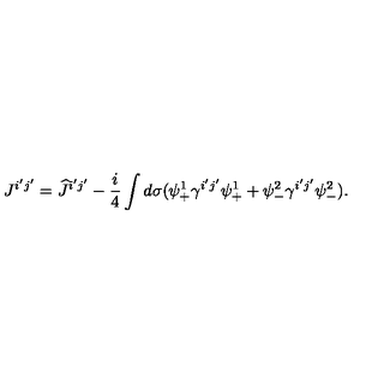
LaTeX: J ^ { i ^ { \prime } j ^ { \prime } } = \widehat { J } ^ { i ^ { \prime } j ^ { \prime } } - \frac { i } { 4 } \int d \sigma ( \psi _ { + } ^ { 1 } \gamma ^ { i ^ { \prime } j ^ { \prime } } \psi _ { + } ^ { 1 } + \psi _ { - } ^ { 2 } \gamma ^ { i ^ { \prime } j ^ { \prime } } \psi _ { - } ^ { 2 } ) .